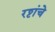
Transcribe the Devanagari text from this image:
रट्ठांचे